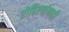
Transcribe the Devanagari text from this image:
रोहिल्यांनाही